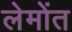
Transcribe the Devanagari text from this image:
लेमोंत